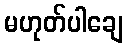
မဟုတ်ပါချေ